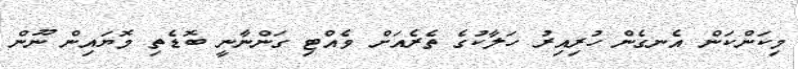
މިކަންކަން އެނގެން ހުރިއިރު ހަލާކުގެ ތެރެއަށް ވެއްޓި ގަންނާނީ ބޮޑެތި މޮޔައިން ނޫން